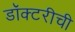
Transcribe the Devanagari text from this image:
डॉक्टरीची